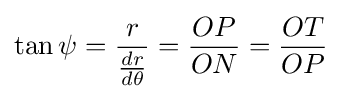
\tan \psi ={\frac {r}{\tfrac {dr}{d\theta }}}={\frac {OP}{ON}}={\frac {OT}{OP}}